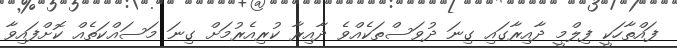
ފައްތާހަކީ ފިލްމީ ދާއިރާގައި ގިނަ ދުވަސްތަކެއްވެ ދާއިރާ ކުރިއެރުމަށް ގިނަ މަސައްކަތެއް ކޮށްފައިވާ